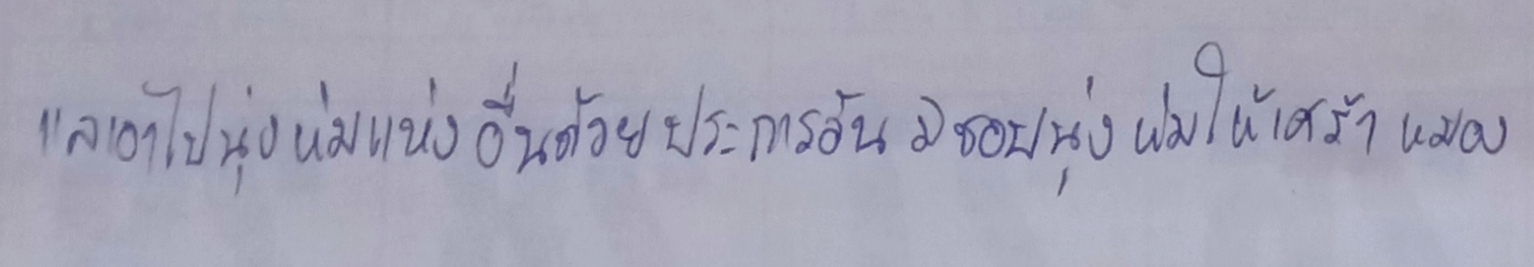
แลเอาไปนุ่งห่มแห่งอื่นด้วยประการอันมิชอบนุ่งห่มให้เศร้าหมอง